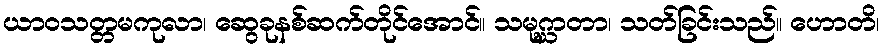
ယာဝသတ္တမကုလာ၊ ဆွေခုနစ်ဆက်တိုင်အောင်။ သမုဂ္ဃာတာ၊ သတ်ခြင်းသည်။ ဟောတိ၊